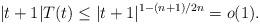
LaTeX: \begin{align*}|t+1| T(t) \leq |t+1|^{1-(n+1)/2n} = o(1). \end{align*}